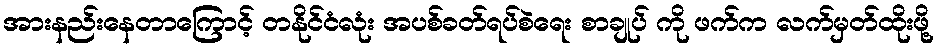
အားနည်းနေတာကြောင့် တနိုင်ငံလုံး အပစ်ခတ်ရပ်စဲရေး စာချုပ် ကို ဖက်က လက်မှတ်ထိုးဖို့